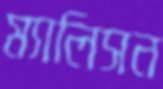
ম্যালিসন